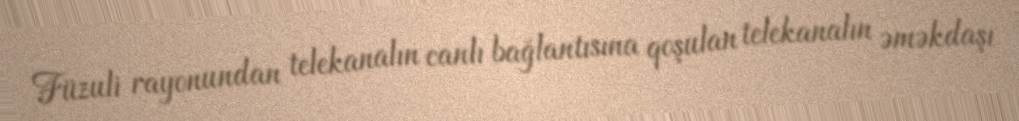
Füzuli rayonundan telekanalın canlı bağlantısına qoşulan telekanalın əməkdaşı